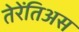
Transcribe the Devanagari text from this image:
तेरेंतिअस